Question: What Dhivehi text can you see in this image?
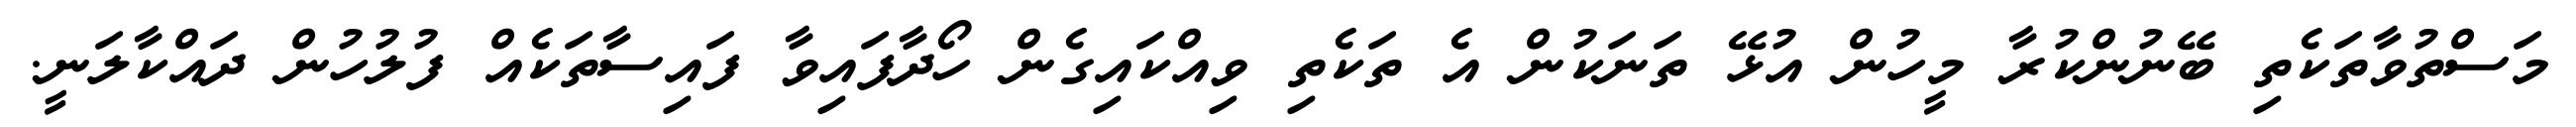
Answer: މަސްތުވާތަކެތި ބޭނުންކުރާ މީހުން އުޅޭ ތަނަކުން އެ ތަކެތި ވިއްކައިގެން ހޯދާފައިވާ ފައިސާތަކެއް ފުލުހުން ދައްކާލަނީ.